Civil Veterinary Department Bihar & Orissa reports 1929-36 - 1929-1936
Year: 1929
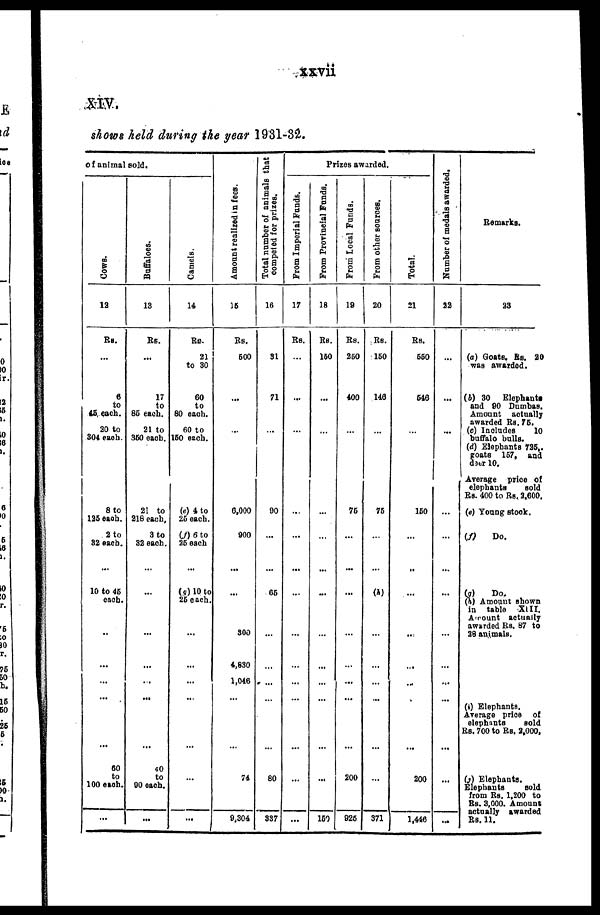
xxvii
XIV.
shows held during the year 1931-82.
of animal sold.
Cows.
12
Rs.
...
6
to
45 each.
20 to
304 each.
8 to
126 Mob.
2 to
32 each.
...
10 to 45
each.
...
...
...
...
...
60
to
100 each.
...
Buffaloes.
13
Rs.
...
17
to
85 each.
21 to
350 each.
21 to
218 each.
3 to
32 each.
...
...
...
...
...
...
...
40
to
90 each.
...
Camels.
14
Rs.
21
to 30
60
to
80 each.
60 to
150 each.
(e) 4 to
25 each.
(f)6 to
26 each
...
(g)10 to
26 each.
...
...
...
...
...
...
...
Amount realised in fees.
15
Rs.
600
...
...
6,000
900
...
...
300
4,880
1,048
...
...
74
9,304
Total number of animals that
competed
for prizes.
16
31
71
...
00
...
...
66
...
...
...
...
...
80
337
Pr i
z e s awar de d.
From Imperial Funds.
17
Rs.
...
...
...
...
...
...
...
...
...
...
...
...
...
...
From Prvincial Funds.
18
Rs.
160
...
...
...
...
...
...
...
...
...
...
...
...
160
From Local Funds.
19
Rs.
260
400
...
76
...
...
...
...
...
...
...
...
200
926
From other
sources.
20
Rs.
160
146
...
76
...
(h)
...
...
...
...
...
...
371
Total.
21
Rs.
550
546
...
150
...
...
...
..
...
...
...
...
200
1,446
Number of medals awarded.
22
...
...
...
...
...
...
...
...
...
...
...
...
...
Remarks.
23
(a) Goats. Rs. 20
was awarded.
(b) 30
Elephants
and 90 Dumbas.
Amount actually
awarded Rs. 75
(c) Includes
10
buffalo bulls.
(d) Elephants 725,.
goats 157, and
deer 10.
Average price of
elephants
sold
Rs. 400 to Rs. 2,600.
(e) Young stock.
(f)
Do.
(g)
Do.
(h) Amount shown
in table XIII.
Amount actually
awarded Rs. 87 to
28 animals.
(i) Elephants.
Average price of
elephants
sold
Rs. 700 to Rs. 2,000,
(j) Elephants.
Elephants
sold
from Rs. 1,200 to
Rs. 3,000. Amount
actually awarded
Rs. 11.